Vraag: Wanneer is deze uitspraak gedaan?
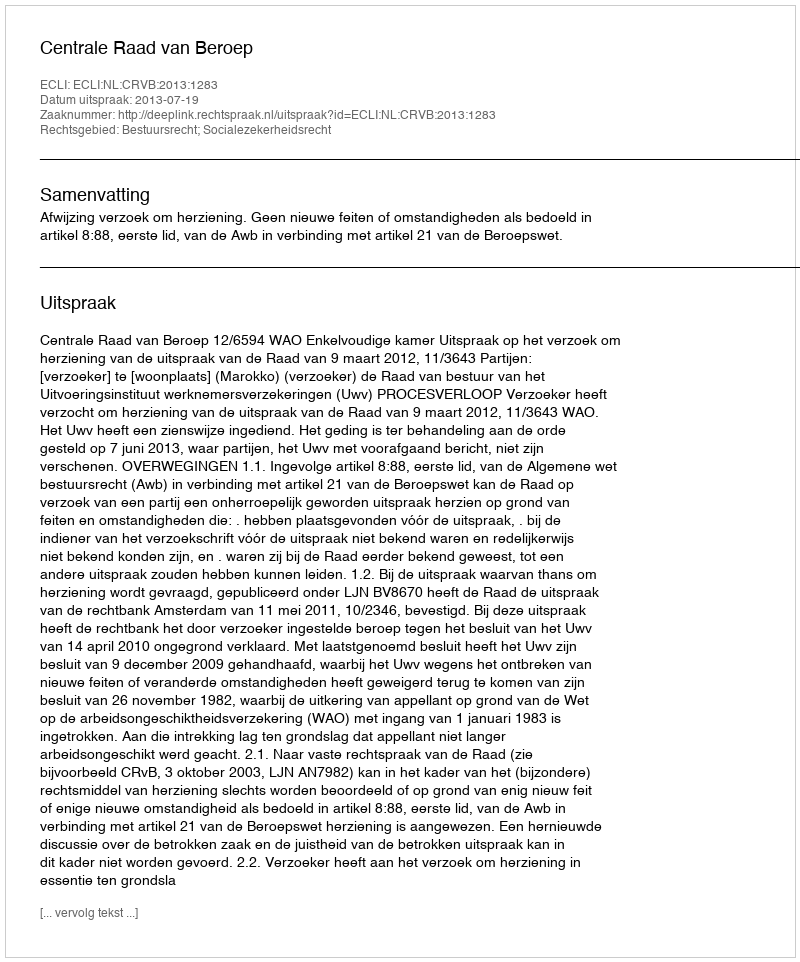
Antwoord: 2013-07-19